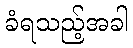
ခံရသည့်အခါ